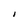
Character: I